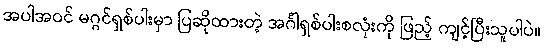
အပါအဝင် မဂ္ဂင်ရှစ်ပါးမှာ ပြဆိုထားတဲ့ အင်္ဂါရှစ်ပါးစလုံးကို ဖြည့် ကျင့်ပြီးသူပါပဲ။